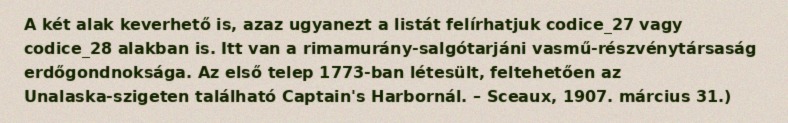
A két alak keverhető is, azaz ugyanezt a listát felírhatjuk codice_27 vagy codice_28 alakban is. Itt van a rimamurány-salgótarjáni vasmű-részvénytársaság erdőgondnoksága. Az első telep 1773-ban létesült, feltehetően az Unalaska-szigeten található Captain's Harbornál. – Sceaux, 1907. március 31.)